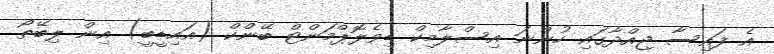
އެ ފައިސާ ޖިއްދާގައި ހުންނަ އިސްލާމިކް ޑިވެލޮޕްމަންޓް ބޭންކް (އައިޑީބީ) އިން ލިބޭތޯ